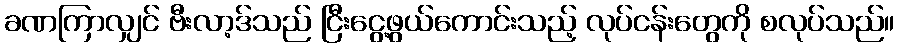
ခဏကြာလျှင် ဗီးလာ့ဒ်သည် ငြီးငွေ့ဖွယ်ကောင်းသည့် လုပ်ငန်းတွေကို စလုပ်သည်။